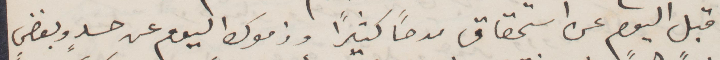
قبل اليوم عن استحقاق مدحًا كثيرًا وذموك اليوم عن حسد وبغض